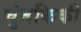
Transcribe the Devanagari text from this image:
चुंबकिकी